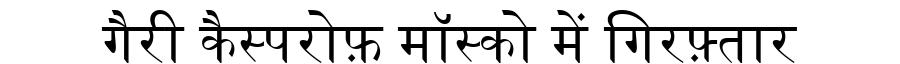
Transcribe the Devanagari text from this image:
गैरी कैस्परोफ़ मॉस्को में गिरफ़्तार